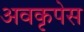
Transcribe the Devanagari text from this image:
अवकृपेस